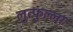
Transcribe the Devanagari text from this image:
लुत्फुल्ला